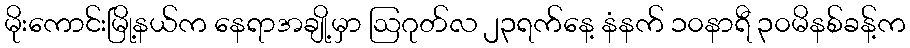
မိုးကောင်းမြို့နယ်က နေရာအချို့မှာ ဩဂုတ်လ ၂၃ရက်နေ့ နံနက် ၁၀နာရီ ၃၀မိနစ်ခန့်က